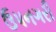
ઉપનગરી